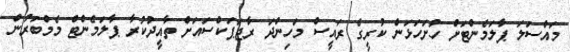
މައްސަލަ ޕާލަމެންޓަށް ހުށަހަޅަން ކުރީގެ ރައީސް މަހިންދަ ރާޖަޕަކްސައަށް ތާއީދުކުރާ ޕާލަމެންޓް މެމްބަރުން